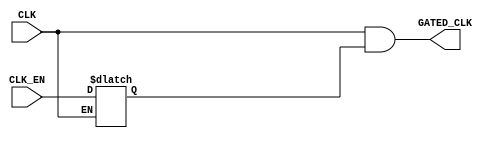

/////////////////////////////////////////////////////////////
/////////////////////// Clock Gating ////////////////////////
/////////////////////////////////////////////////////////////

module CLK_GATE (
input      CLK_EN,
input      CLK,
output     GATED_CLK
);


//internal connections
reg     Latch_Out ;

//latch (Level Sensitive Device)
always @(CLK or CLK_EN)
 begin
  if(!CLK)      // active low
   begin
    Latch_Out <= CLK_EN ;
   end
 end
 
 
// ANDING
assign  GATED_CLK = CLK && Latch_Out ;

/*



TLATNCAX12M U0_TLATNCAX12M (
.E(CLK_EN),
.CK(CLK),
.ECK(GATED_CLK)
);

*/




endmodule